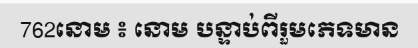
762នោម ៖ នោម បន្ទាប់ពីរួមភេទមាន